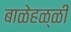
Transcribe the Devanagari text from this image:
बाळेहळ्ळी